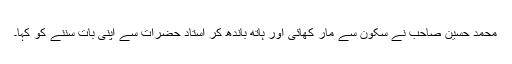
محمد حسین صاحب نے سکون سے مار کھائی اور ہاتھ باندھ کر استاد حضرات سے اپنی بات سننے کو کہا۔